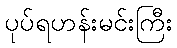
ပုပ်ရဟန်းမင်းကြီး